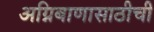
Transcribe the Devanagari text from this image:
अग्निबाणासाठीची